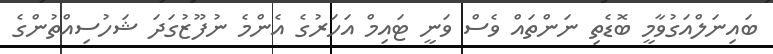
ބައިނަލްއަގުވާމީ ބޮޑެތި ނަންތައް ވެސް ވަނީ ޓައިމް އަހަރުގެ އެންމެ ނުފޫޒުގަދަ ޝަހުސިއްތުންގެ